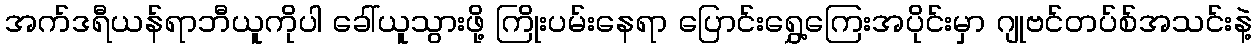
အက်ဒရီယန်ရာဘီယူကိုပါ ခေါ်ယူသွားဖို့ ကြိုးပမ်းနေရာ ပြောင်းရွှေ့ကြေးအပိုင်းမှာ ဂျုဗင်တပ်စ်အသင်းနဲ့